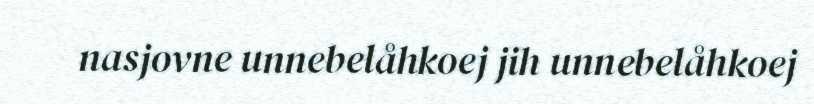
nasjovne unnebelåhkoej jih unnebelåhkoej